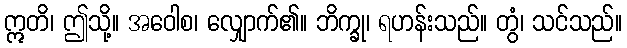
ဣတိ၊ ဤသို့။ အဝေါစ၊ လျှောက်၏။ ဘိက္ခု၊ ရဟန်းသည်။ တွံ၊ သင်သည်။